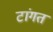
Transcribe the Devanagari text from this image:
टांगत